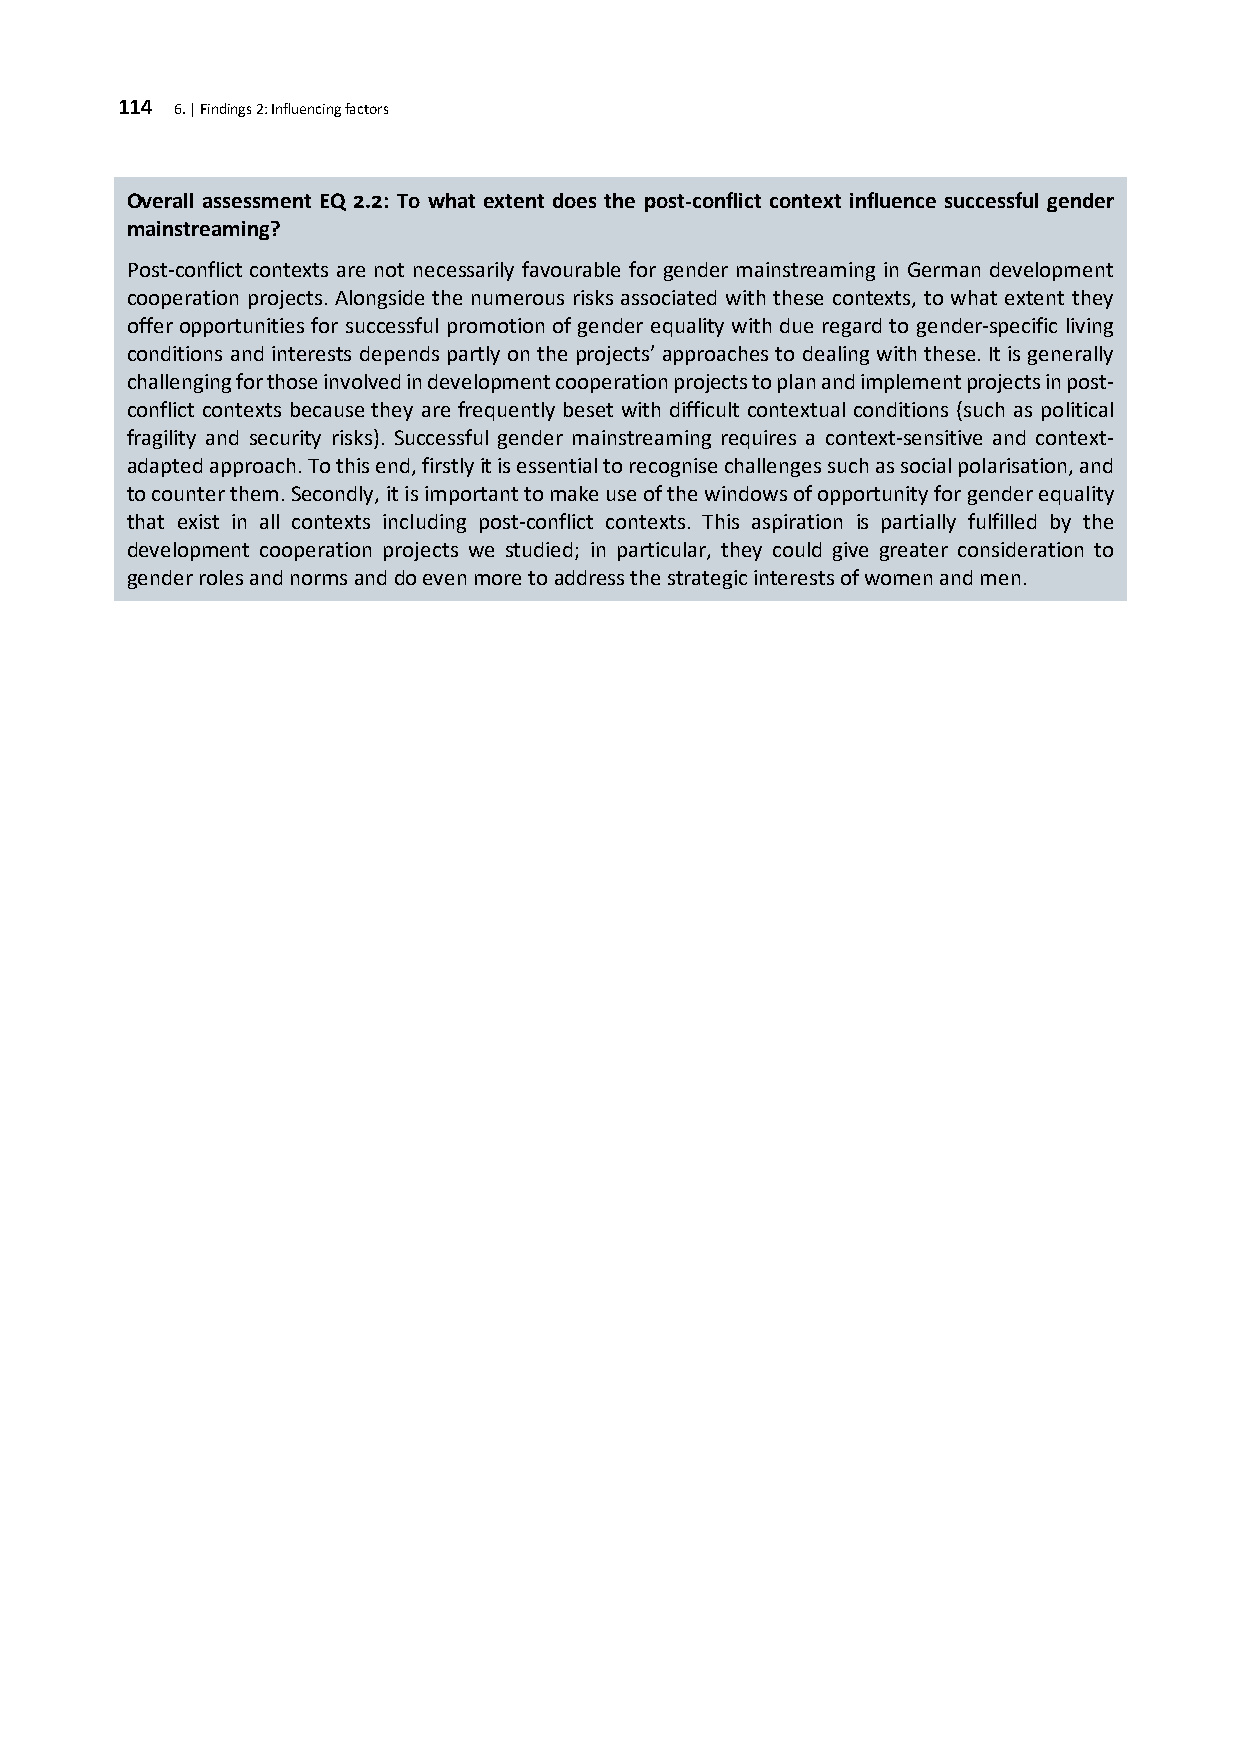
114 6. | Findings 2: Influencing factors
 Overall assessment EQ 2.2: To what extent does the post-conflict context influence successful gender
 mainstreaming?
 Post-conflict contexts are not necessarily favourable for gender mainstreaming in German development
 cooperation projects. Alongside the numerous risks associated with these contexts, to what extent they
 offer opportunities for successful promotion of gender equality with due regard to gender-specific living
 conditions and interests depends partly on the projects’ approaches to dealing with these. It is generally
 challenging for those involved in development cooperation projects to plan and implement projects in post-
 conflict contexts because they are frequently beset with difficult contextual conditions (such as political
 fragility and security risks). Successful gender mainstreaming requires a context-sensitive and context-
 adapted approach. To this end, firstly it is essential to recognise challenges such as social polarisation, and
 to counter them. Secondly, it is important to make use of the windows of opportunity for gender equality
 that exist in all contexts including post-conflict contexts. This aspiration is partially fulfilled by the
 development cooperation projects we studied; in particular, they could give greater consideration to
 gender roles and norms and do even more to address the strategic interests of women and men.